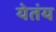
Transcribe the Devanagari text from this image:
येतंय